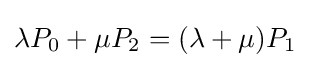
\lambda P_{0}+\mu P_{2}=(\lambda +\mu )P_{1}